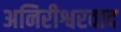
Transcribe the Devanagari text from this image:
अनिरीश्वरवाद